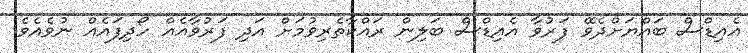
އެއިޑްސް ބައްޔަށްދެވޭ ފަރުވާ އެއިޑްސް ބަލިން ރައްކާތެރިވުމަށް އަދި ފަރުވާއެއް ހޯދިފައެއް ނުވެއެވެ.